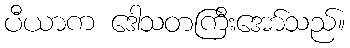
ပီယာက ဒေါသတကြီးအော်သည်။